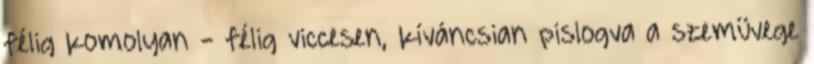
félig komolyan - félig viccesen, kíváncsian pislogva a szemüvege